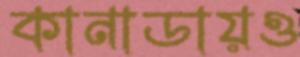
কানাডায়ও